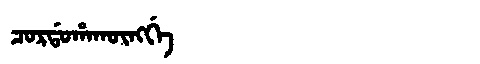
Manchu: ᠴᠣᡵᡩᠣᡥᠠᡴᡡᠩᡤᡝ
Romanization: CORDOHAKŪNGGE